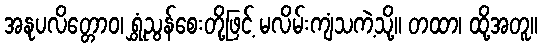
အနုပလိတ္တောဝ၊ ရွှံ့ညွန်စေးတို့ဖြင့် မလိမ်းကျံသကဲ့သို့။ တထာ၊ ထို့အတူ။